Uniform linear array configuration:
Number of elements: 12
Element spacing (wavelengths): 0.75
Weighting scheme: hann
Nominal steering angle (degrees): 30
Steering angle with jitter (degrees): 29.137
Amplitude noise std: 0.05
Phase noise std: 0.05

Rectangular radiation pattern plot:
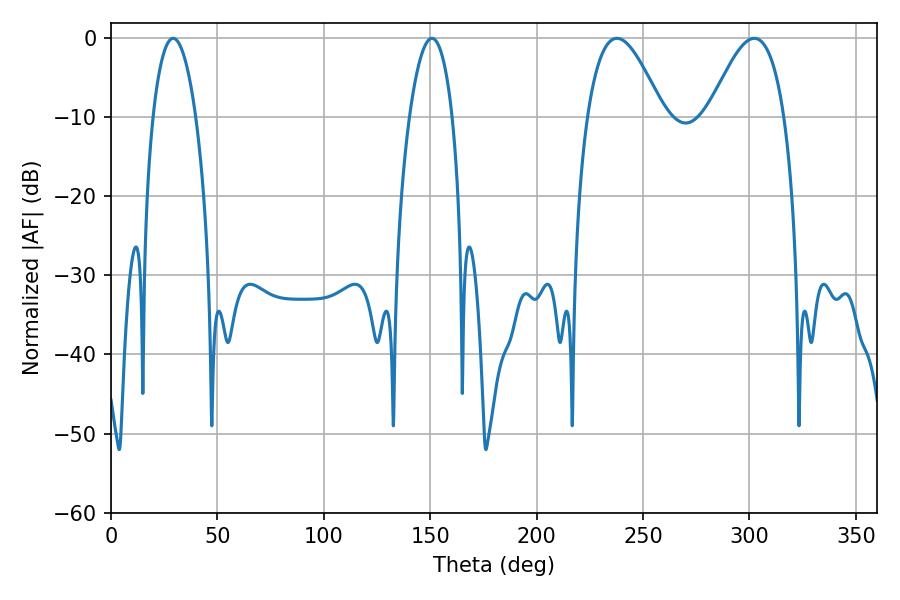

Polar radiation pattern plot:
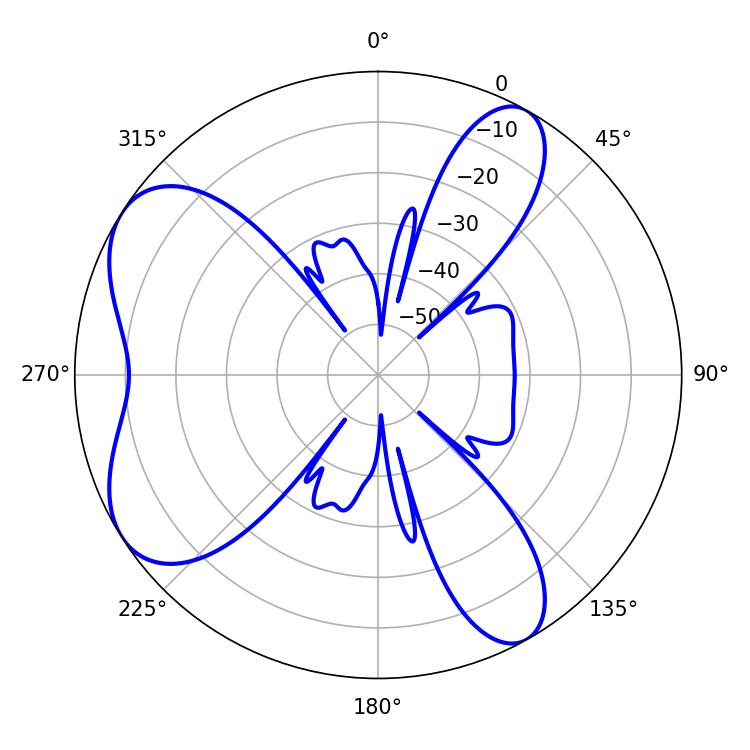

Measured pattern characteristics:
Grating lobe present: TRUE
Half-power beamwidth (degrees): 19.44
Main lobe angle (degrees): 237.78